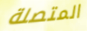
المتصلة